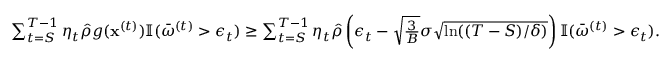
\begin{array} { r } { \sum _ { t = S } ^ { T - 1 } \eta _ { t } \hat { \rho } g ( { \mathbf x } ^ { ( t ) } ) \mathbb { I } ( \bar { \omega } ^ { ( t ) } > \epsilon _ { t } ) \geq \sum _ { t = S } ^ { T - 1 } \eta _ { t } \hat { \rho } \left( \epsilon _ { t } - \sqrt { \frac { 3 } { B } } \sigma \sqrt { \ln ( ( T - S ) / \delta ) } \right) \mathbb { I } ( \bar { \omega } ^ { ( t ) } > \epsilon _ { t } ) . } \end{array}